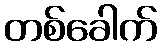
တစ်ခေါက်